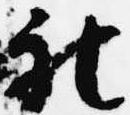
被